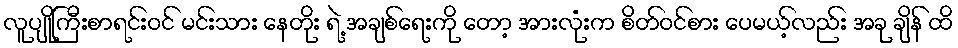
လူပျိုကြီးစာရင်းဝင် မင်းသား နေတိုး ရဲ့ အချစ်ရေးကို တော့ အားလုံးက စိတ်ဝင်စား ပေမယ့်လည်း အခု ချိန် ထိ